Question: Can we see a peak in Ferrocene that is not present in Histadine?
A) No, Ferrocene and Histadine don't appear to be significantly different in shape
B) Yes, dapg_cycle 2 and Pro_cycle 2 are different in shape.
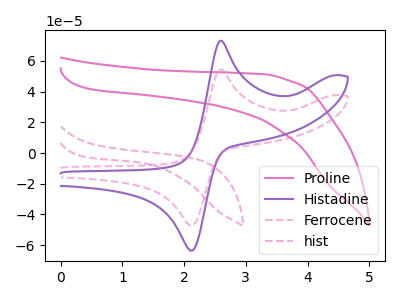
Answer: <think>The pink curve "Proline" has no peaks. The purple curve "Histadine" has an anodic peak at (2.60V, 73.15uA) and a cathodic peak at (2.10V, -63.50uA). The pink dashed curve "Ferrocene" has an anodic peak at (2.60V, 54.45uA) and a cathodic peak at (2.10V, -47.25uA). The pink dashed curve "hist" has no peaks.
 All the peaks in "Ferrocene" have a peak in "Histadine" at the same potential. Every peak in "Ferrocene" is lower than every peak in "Histadine".</think>
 <answer>A) No, "Ferrocene" and "Histadine" don't appear to be significantly different in shape</answer>
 <eval>A</eval>